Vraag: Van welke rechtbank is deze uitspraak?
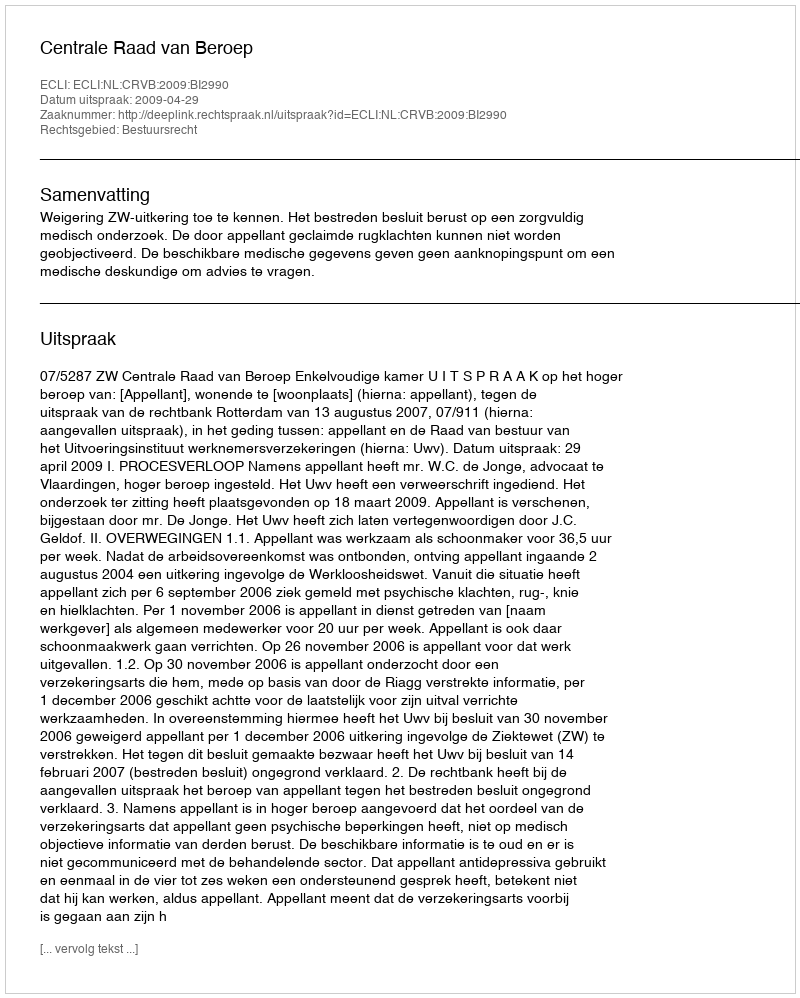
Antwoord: Centrale Raad van Beroep